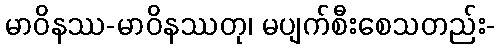
မာဝိနဿ-မာဝိနဿတု၊ မပျက်စီးစေသတည်း-